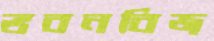
ভবনবিজ্